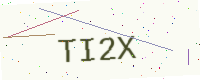
Text: TI2X